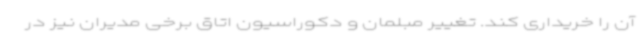
آن را خریداری کند. تغییر مبلمان و دکوراسیون اتاق برخی مدیران نیز در